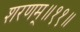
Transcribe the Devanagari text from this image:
शरणम्॥११॥